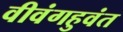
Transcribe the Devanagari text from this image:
वीवंगहुवंत